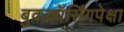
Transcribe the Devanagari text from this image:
बुकक्रॉर्सिंगपेक्षा